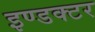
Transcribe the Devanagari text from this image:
इण्डक्टर